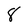
Character: 8